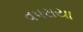
વપરાયા